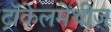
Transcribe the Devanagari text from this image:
ट्रॉकेलमेंथीज़